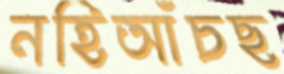
নহিআঁচছ